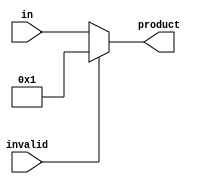
`timescale 1ns / 1ps
//////////////////////////////////////////////////////////////////////////////////
// Company: 
// Engineer: 
// 
// Design Name: 
// Module Name: ouflow
// Project Name: 
// Target Devices: 
// Tool Versions: 
// Description: 
// 
// Dependencies: 
// 
// Revision:
// Revision 0.01 - File Created
// Additional Comments:
// 
//////////////////////////////////////////////////////////////////////////////////


module fmtocpu(
input [31:0]in,
input invalid,
output reg [31:0] product
    );

always @ (*)
begin
    product = (invalid) ? 32'b1 : in;
end    
endmodule